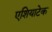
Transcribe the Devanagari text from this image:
एशियाटेक